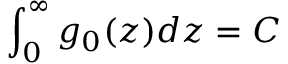
\int _ { 0 } ^ { \infty } g _ { 0 } ( z ) d z = C